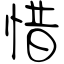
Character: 惜